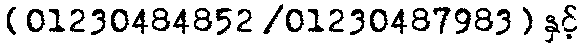
(01230484852 /01230487983) နှင့်